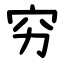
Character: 穷